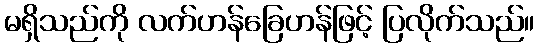
မရှိသည်ကို လက်ဟန်ခြေဟန်ဖြင့် ပြလိုက်သည်။